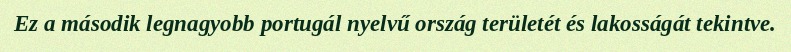
Ez a második legnagyobb portugál nyelvű ország területét és lakosságát tekintve.